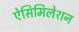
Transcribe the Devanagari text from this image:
ऐसिमिलेशन